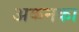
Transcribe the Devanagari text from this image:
अकनका